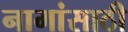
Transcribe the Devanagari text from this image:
नामांसाठी